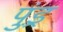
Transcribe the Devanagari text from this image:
पुंड़्र